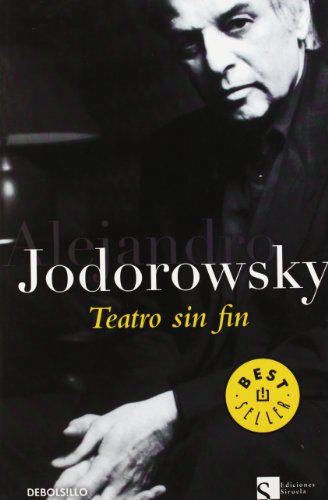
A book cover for Teatro sin fin/ Endless Theatre: Tragedias, comedias y mimodramas/ Tragedies, Comedies and Mimodramas (Spanish Edition); Alejandro Jodorowsky; Literature & Fiction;